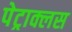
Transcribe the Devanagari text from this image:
पेट्राक्लस